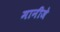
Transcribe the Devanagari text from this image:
मानीजे